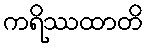
ကရိဿထာတိ